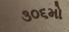
૩૦૬મો